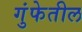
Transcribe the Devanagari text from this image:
गुंफेतील